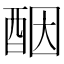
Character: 𫑵